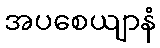
အပစေယျာနံ